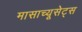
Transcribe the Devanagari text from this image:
मासाच्यूसेट्स